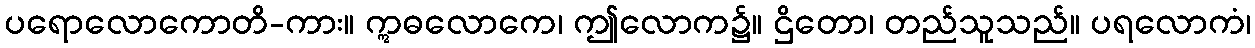
ပရောလောကောတိ-ကား။ ဣဓလောကေ၊ ဤလောက၌။ ဌိတော၊ တည်သူသည်။ ပရလောကံ၊